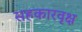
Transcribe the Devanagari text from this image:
सहकारवृक्ष